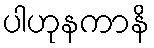
ပါဟုနကာနိ